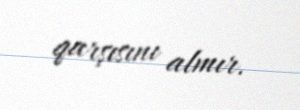
qarşısını almır.